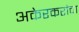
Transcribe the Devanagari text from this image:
अकेरकरांचा